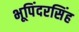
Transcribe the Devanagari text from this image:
भूपिंदरसिंह